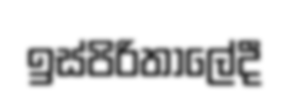
ඉස්පිරිතාලේදී